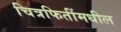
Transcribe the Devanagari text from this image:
चित्रफितींमधील